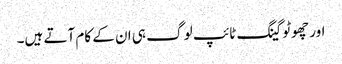
اور چھوٹو گینگ ٹائپ لو گ ہی ان کے کام آتے ہیں۔